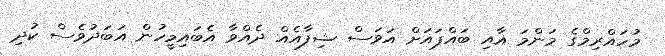
މުހައްރިމްގެ މަންމަ އާއި ބައްޕައަށް އަވަސް ޝިފާއެއް ދެއްވާ އެބައިމީހުން އަބަދުވެސް ކުދި